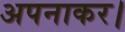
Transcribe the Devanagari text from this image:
अपनाकर।